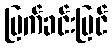
မြက်ခင်းပြင်